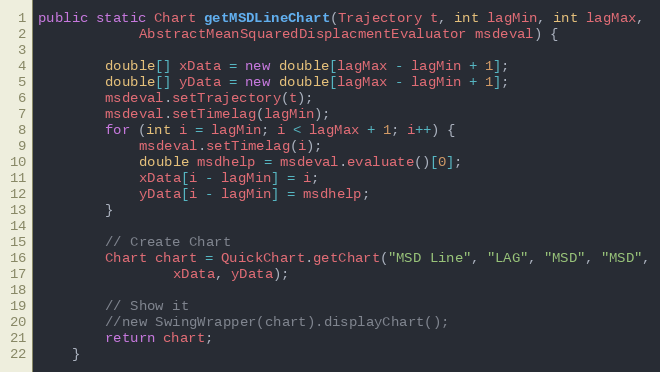
Language: Java
public static Chart getMSDLineChart(Trajectory t, int lagMin, int lagMax,
			AbstractMeanSquaredDisplacmentEvaluator msdeval) {

		double[] xData = new double[lagMax - lagMin + 1];
		double[] yData = new double[lagMax - lagMin + 1];
		msdeval.setTrajectory(t);
		msdeval.setTimelag(lagMin);
		for (int i = lagMin; i < lagMax + 1; i++) {
			msdeval.setTimelag(i);
			double msdhelp = msdeval.evaluate()[0];
			xData[i - lagMin] = i;
			yData[i - lagMin] = msdhelp;
		}

		// Create Chart
		Chart chart = QuickChart.getChart("MSD Line", "LAG", "MSD", "MSD",
				xData, yData);

		// Show it
		//new SwingWrapper(chart).displayChart();
		return chart;
	}